King Institute of Preventive Medicine Bacteriolog. Section reports 1907-08
Year: 1907
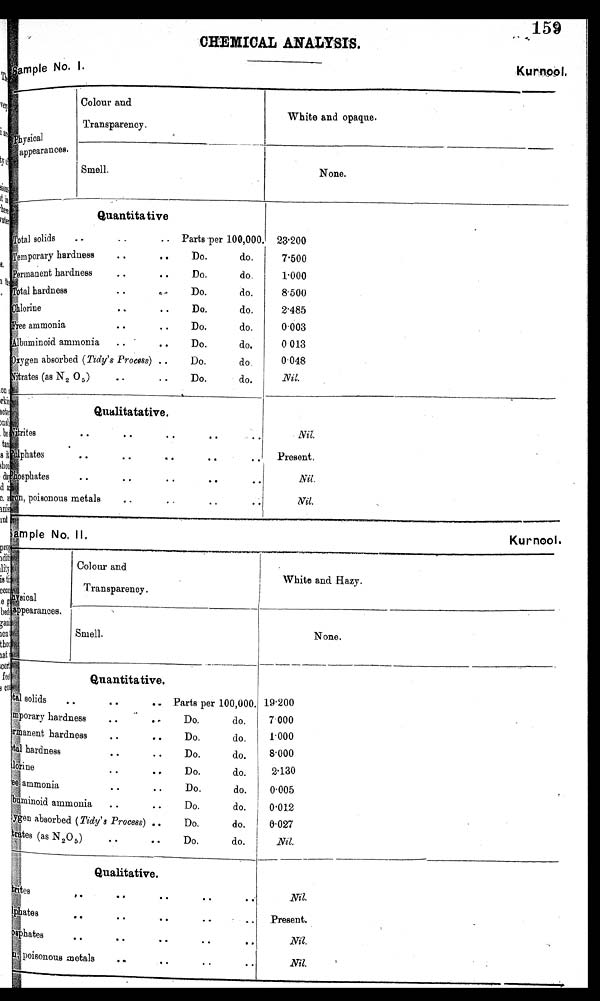
159
CHEMICAL ANALYSIS.
sample No. I.
Kurnool.
hysical
appearances.
Colour and
Transparency.
White and opaque.
Smell.
None.
Quantitative
Total solids.. Parts per 100,000. 1 23. 200
tempora ry hardness
• •
..
Do.
do.
7.500
hardness
• •
• •
Permanent
Do.
do.
1.000
T o t a l h a r d n e s s
• •
Do.
do.
8.500
)Chlorine
..
• •
Do.
do.
2.485
Free
ammonia
• •
• •
Do.
do.
0 . 0 0 3
Albuminoid ammonia
.. •
• •
Do.
do.
0 . 0 1 3
Oxygen absorbed (Tidy's Process) ..
Do.
do.
0 . 0 4 8
(as N 2 0 5 )
• •
• •
Nitrates
Do.
do.
Nil.
.
Qualitatative.
Nitrites
• •
..
• •
• •
Nil.
Rulphates
• .
• •
. .
• .
Present.
(Phosphates
• •
• •
• •
• •
Nil.
ron, poisonous metals.
• •
• •
• • Nil.
sample No. II. Kurnool.
hysical
appearances.
Colour and
Transparency.
White and Hazy.
Smell.
None.
Quantitative.
t a l
solids
..
..
.. Parts per 100,000. 19'200
mporary hardness
. •
..
Do.
do.
7. 000
manent hardness
..
..
Do.
do.
1.000
t a l
hardness..
• •
Do.
do.
8 . 0 0 0
lorine
• •
• .
Do.
do. I2.130
ammonia
• •
..
Do.
do.
0.005
buminoid ammonia
..
• •
Do.
do.
0.012
gen absorbed (Tidy's Process) ..
Do.do.
0•027
t r a
t e s (as N 2 0 5 )
• •
..
Do.
do.
Nil.
Qualitative.
ites
, •
• • •
•
Nil.
plhates
• •
• •
• •
...
Present.
osphates
• •
• •
• •
• •• 0
.
Nil.
p oisonous metals
•
•
• •
• •
Nil.
,